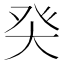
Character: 𰤌